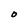
Character: O